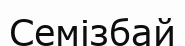
Семізбай